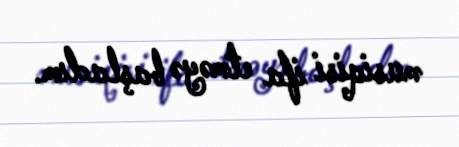
musiqisi ifa etməyə başladım.